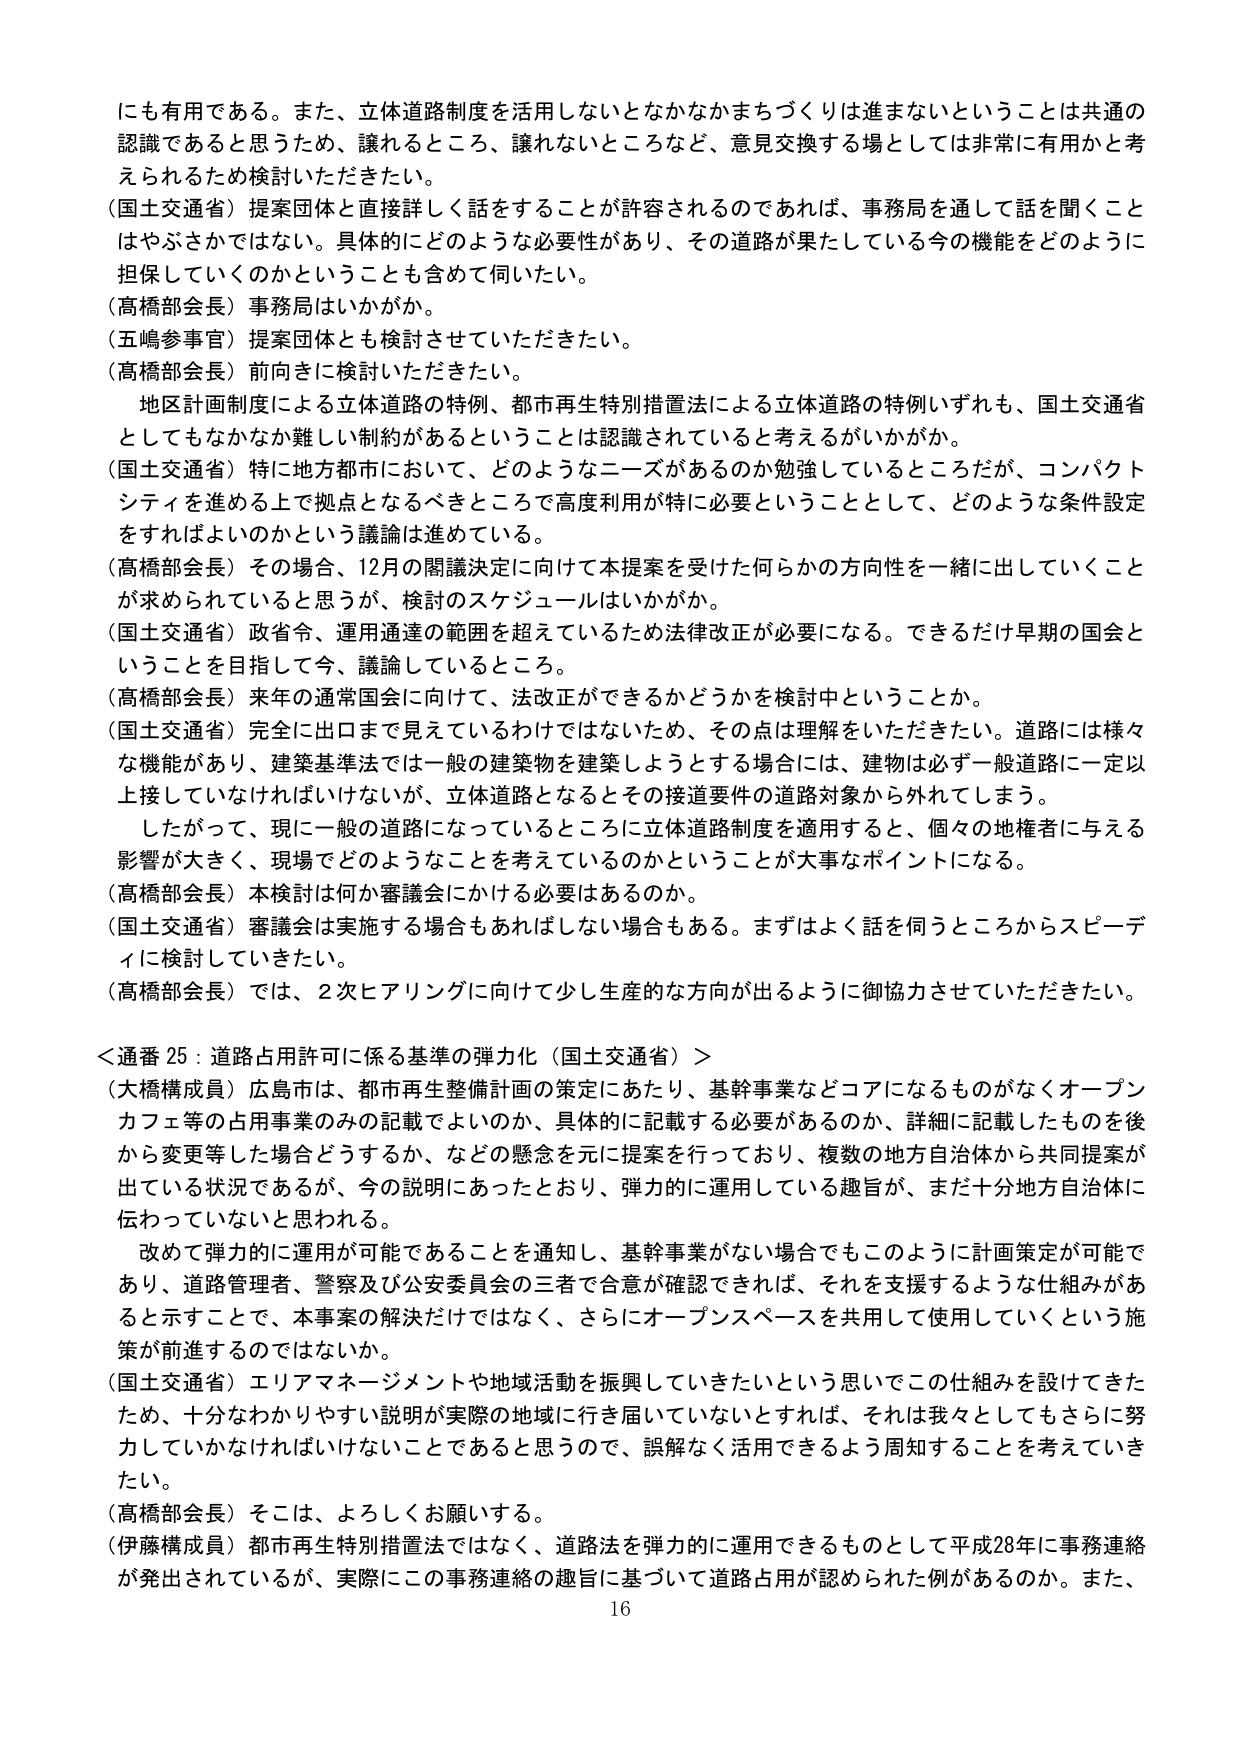
にも有用である。また、立体道路制度を活用しないとなかなかまちづくりは進まないということは共通の認識であると思うため、譲れるところ、譲れないところなど、意見交換する場としては非常に有用かと考えられるため検討いただきたい。

（国土交通省）提案団体と直接詳しく話をすることが許容されるのであれば、事務局を通して話を聞くことはやぶさかではない。具体的にどのような必要性があり、その道路が果たしている今の機能をどのように担保していくのかということも含めて伺いたい。

（高橋部会長）事務局はいかがか。

（五嶋参事官）提案団体とも検討させていただきたい。

（高橋部会長）前向きに検討いただきたい。

　地区計画制度による立体道路の特例、都市再生特別措置法による立体道路の特例いずれも、国土交通省としてもなかなか難しい制約があるということは認識されていると考えるがいかがか。

（国土交通省）特に地方都市において、どのようなニーズがあるのか勉強しているところだが、コンパクトシティを進める上で拠点となるべきところで高度利用が特に必要ということとして、どのような条件設定をすればよいのかという議論は進めている。

（高橋部会長）その場合、12月の閣議決定に向けて本提案を受けた何らかの方向性を一緒に出していくことが求められていると思うが、検討のスケジュールはいかがか。

（国土交通省）政省令、運用通達の範囲を超えているため法律改正が必要になる。できるだけ早期の国会ということを目指して今、議論しているところ。

（高橋部会長）来年の通常国会に向けて、法改正ができるかどうかを検討中ということか。

（国土交通省）完全に出口まで見えているわけではないため、その点は理解をいただきたい。道路には様々な機能があり、建築基準法では一般の建築物を建築しようとする場合には、建物は必ず一般道路に一定以上接していなければならないが、立体道路となるとその接道要件の道路対象から外れてしまう。

　したがって、現に一般の道路になっているところに立体道路制度を適用すると、個々の地権者に与える影響が大きく、現場でどのようなことを考えているのかということが大事なポイントになる。

（高橋部会長）本検討は何か審議会にかける必要はあるのか。

（国土交通省）審議会は実施する場合もあればしない場合もある。まずはよく話を伺うところからスピーディに検討していきたい。

（高橋部会長）では、2次ヒアリングに向けて少し生産的な方向が出るように御協力させていただきたい。

＜通番 25：道路占用許可に係る基準の弾力化（国土交通省）＞

（大橋構成員）広島市は、都市再生整備計画の策定にあたり、基幹事業などコアになるものがなくオープンカフェ等の占用事業のみの記載でよいのか、具体的に記載する必要があるのか、詳細に記載したものを後から変更等した場合どうするか、などの懸念を元に提案を行っており、複数の地方自治体から共同提案が出ている状況であるが、今の説明にあったとおり、弾力的に運用している趣旨が、まだ十分地方自治体に伝わっていないと思われる。

　改めて弾力的に運用が可能であることを通知し、基幹事業がない場合でもこのように計画策定が可能であり、道路管理者、警察及び公安委員会の三者で合意が確認できれば、それを支援するような仕組みがあると示すことで、本事案の解決だけではなく、さらにオープンスペースを共用して使用していくという施策が前進するのではないか。

（国土交通省）エリアマネージメントや地域活動を振興していきたいという思いでこの仕組みを設けてきたため、十分なわかりやすい説明が実際の地域に行き届いていないとすれば、それは我々としてもさらに努力していかなければならないことであると思うので、誤解なく活用できるよう周知することを考えていきたい。

（高橋部会長）そこは、よろしくお願いする。

（伊藤構成員）都市再生特別措置法ではなく、道路法を弾力的に運用できるものとして平成28年に事務連絡が発出されているが、実際にこの事務連絡の趣旨に基づいて道路占用が認められた例があるのか。また、
16